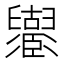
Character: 𦦶